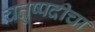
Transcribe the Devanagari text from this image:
चतुष्पदीचा